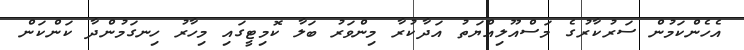
އެހެންކަމުން ސަރުކާރުގެ މަސްއޫލިއްޔަތު އަދާކުރާ މިންވަރު ބަލާ ކޮމިޓީގައި މިހާރު ހިނގަމުންދާ ކަންކަން